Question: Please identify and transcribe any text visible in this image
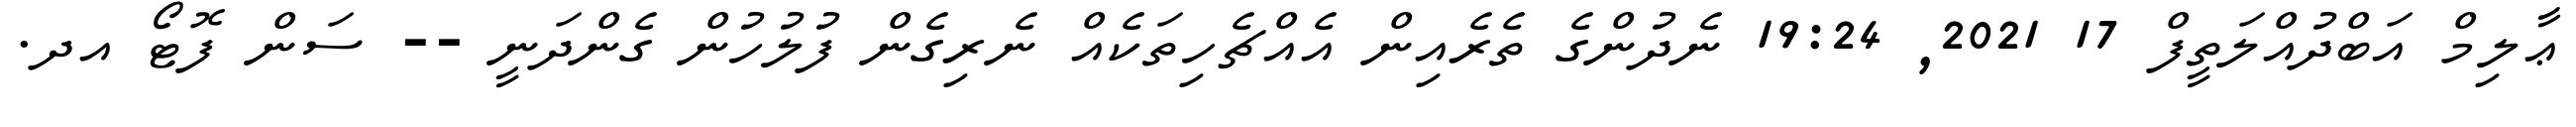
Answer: ޢާލިމް އަބްދުއްލަތީފް 17 2021, 19:24 ނެދުންގެ ތެރެއިން އެއްޗެހިތަކެއް ނެރިގެން ފުލުހުން ގެންދަނީ -- ސަން ފޮޓޯ އދ.